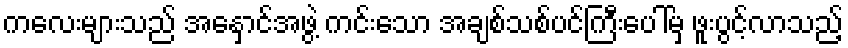
ကလေးများသည် အနှောင်အဖွဲ့ ကင်းသော အချစ်သစ်ပင်ကြီးပေါ်မှ ဖူးပွင့်လာသည့်